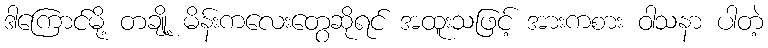
ဒါကြောင်မို့ တချို့ မိန်းကလေးတွေဆိုရင် အထူးသဖြင့် အားကစား ဝါသနာ ပါတဲ့